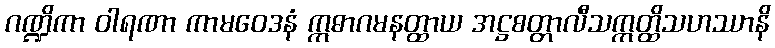
ဂဏ္ဍိကာ ဝါရဏာ ကာမဝေဒနံ ဣဓာဂမနတ္ထာယ အဋ္ဌစတ္တာလီသဣတ္ထိသဟဿာနိ